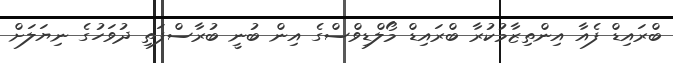
ބްރައިޑް ފެއާ އިންތިޒާމުކުރާ ބްރައިޑް މޯލްޑިވްސްގެ އިން ބުނީ ބުރާސްފަތި ދުވަހުގެ ނިޔަލަށް